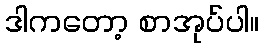
ဒါကတော့ စာအုပ်ပါ။